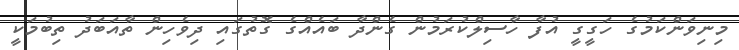
މިނިވަންކަމުގެ ހަގީގީ އުފާ ހާސިލްކުރަމުން ގެންދާ ބައެއްގެ ގޮތުގައި ދިވެހިން ތާއަބަދު ތިބުމަކީ